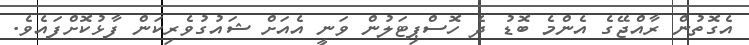
އެގޮތުން ރާއްޖޭގެ އެންމެ ބޮޑު ދެ ހޮސްޕިޓަލުން ވަނީ އެއަށް ޝައުގުވެރިކަން ފާޅުކޮށްފައެވެ.